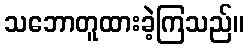
သဘောတူထားခဲ့ကြသည်။